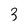
Character: 3